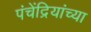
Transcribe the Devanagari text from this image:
पंचेंद्रियांच्या